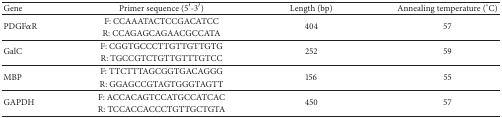
| Gene | Primer sequence (5′-3′) | Length (bp) | Annealing temperature (°C) |
 | --- | --- | --- | --- |
 | <ROWSPAN=2> PDGFαR | F: CCAAATACTCCGACATCC | <ROWSPAN=2> 404 | <ROWSPAN=2> 57 |
 | R: CCAGAGCAGAACGCCATA |
 | <ROWSPAN=2> GalC | F: CGGTGCCCTTGTTGTTGTG | <ROWSPAN=2> 252 | <ROWSPAN=2> 59 |
 | R: TGCCGTCTGTTGTTTGTCC |
 | <ROWSPAN=2> MBP | F: TTCTTTAGCGGTGACAGGG | <ROWSPAN=2> 156 | <ROWSPAN=2> 55 |
 | R: GGAGCCGTAGTGGGTAGTT |
 | <ROWSPAN=2> GAPDH | F: ACCACAGTCCATGCCATCAC | <ROWSPAN=2> 450 | <ROWSPAN=2> 57 |
 | R: TCCACCACCCTGTTGCTGTA |